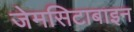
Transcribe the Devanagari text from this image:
जेमसिटाबाइन